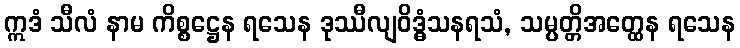
ဣဒံ သီလံ နာမ ကိစ္စဋ္ဌေန ရသေန ဒုဿီလျဝိဒ္ဓံသနရသံ, သမ္ပတ္တိအတ္ထေန ရသေန